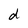
Character: d